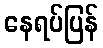
နေရပ်ပြန်